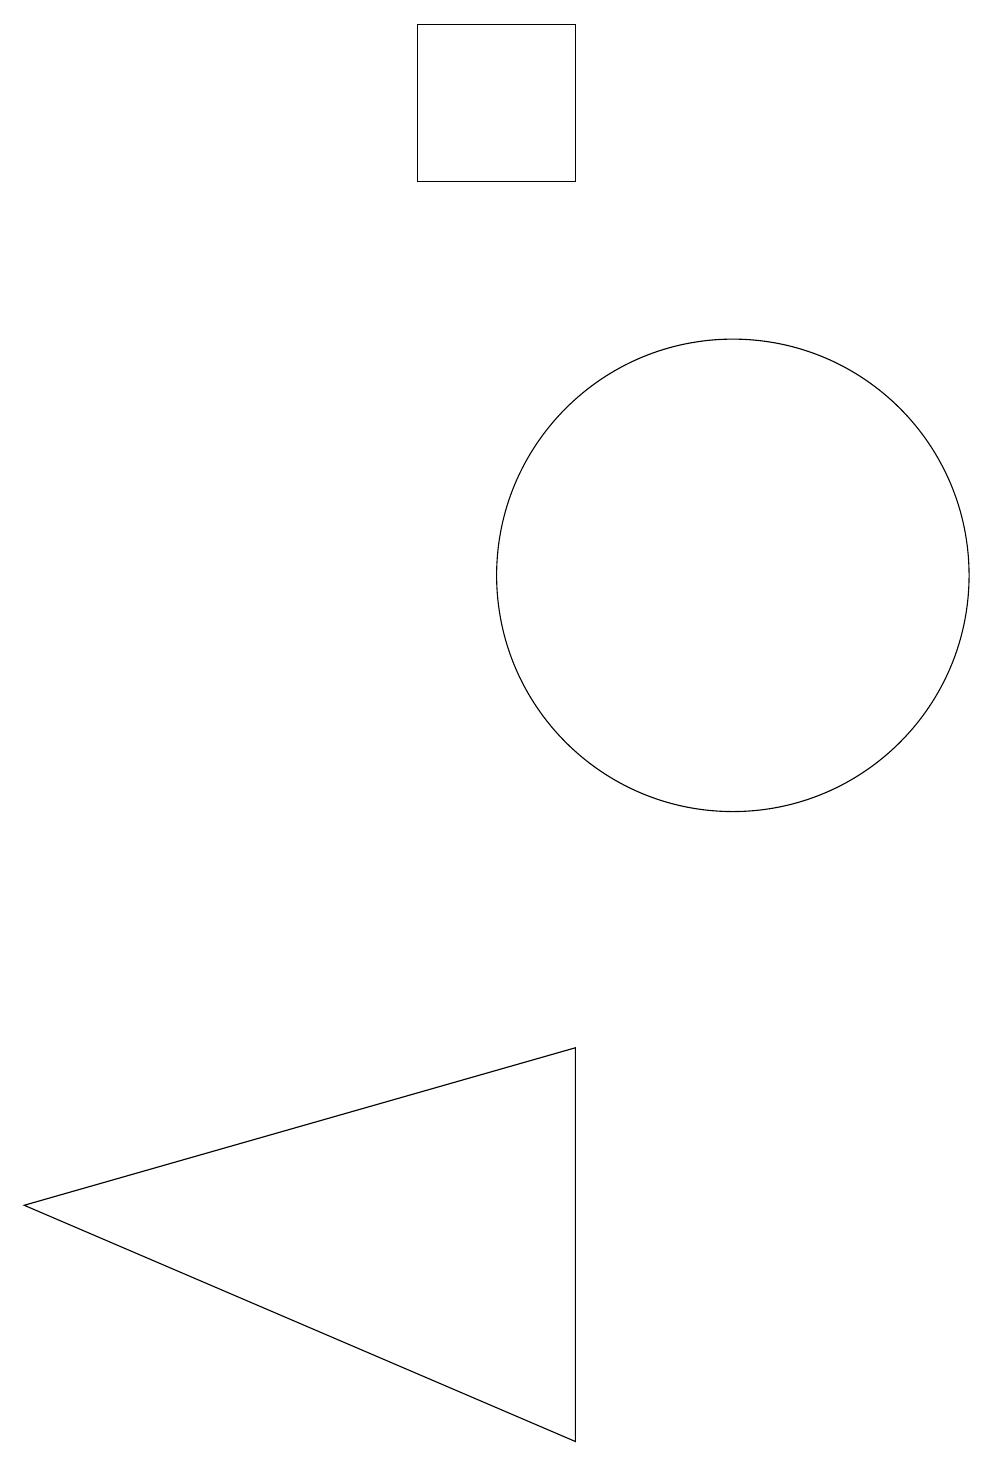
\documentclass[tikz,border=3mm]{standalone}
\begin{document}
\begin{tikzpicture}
\draw (7,16) rectangle (9,18);
\draw (9,0) -- (2,3) -- (9,5) -- cycle;
\draw (11,11) circle (3);
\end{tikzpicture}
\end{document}